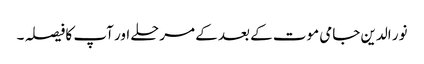
نور الدین جامی موت کے بعد کے مرحلے اور آپ کا فیصلہ ۔